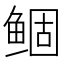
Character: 鲴